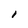
Character: I